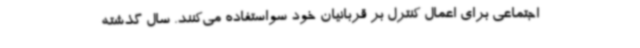
اجتماعی برای اعمال کنترل بر قربانیان خود سواستفاده می‌کنند. سال گذشته